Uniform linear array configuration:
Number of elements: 48
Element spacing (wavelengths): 0.75
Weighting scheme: hann
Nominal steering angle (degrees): -15
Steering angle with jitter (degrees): -14.623
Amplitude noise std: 0.05
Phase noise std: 0.05

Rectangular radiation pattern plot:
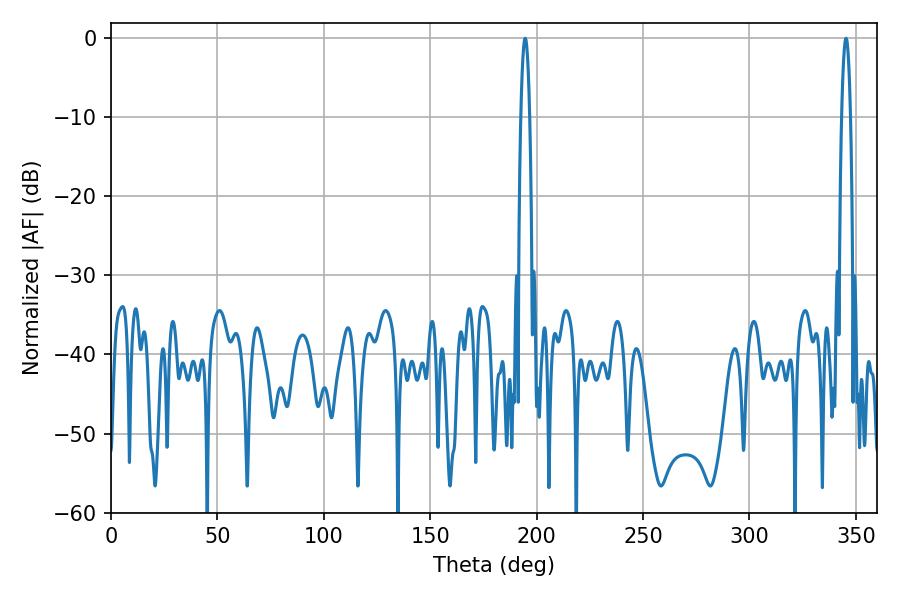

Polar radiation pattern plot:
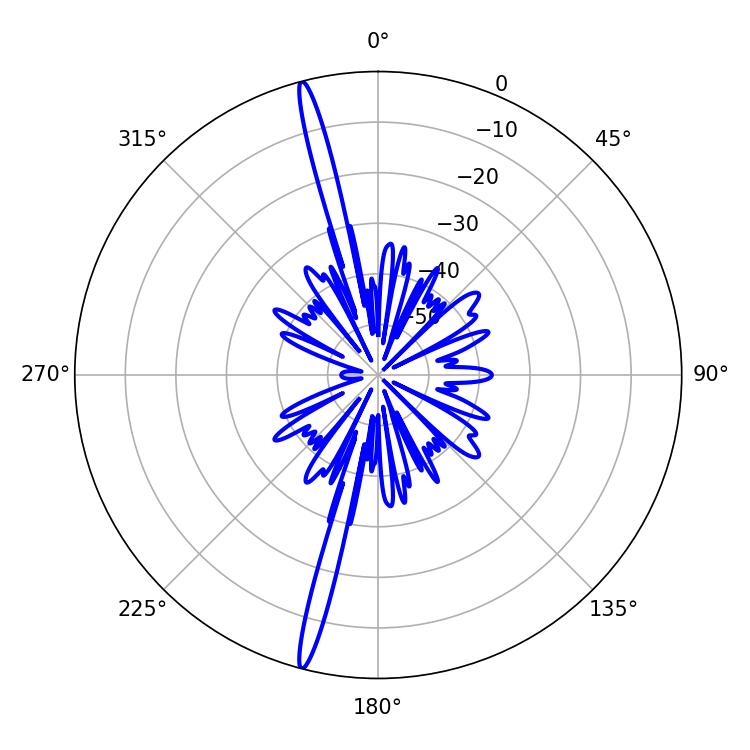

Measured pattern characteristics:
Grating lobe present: TRUE
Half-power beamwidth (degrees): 2.16
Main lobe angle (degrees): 194.58